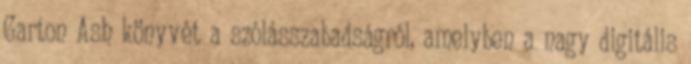
Garton Ash könyvét a szólásszabadságról, amelyben a nagy digitális